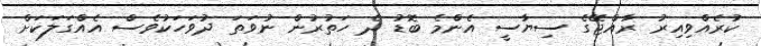
ކުރެއްވިއިރު ރާއްޖޭގެ ސިޔާސީ އެންމެ ބޮޑު ދެ ހަތުރުން ނުވަތަ ދުވަހަކުވެސް އެއްގަލަކަށް